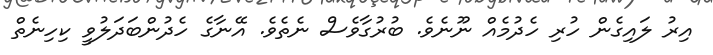
އިރު ލައިގެން ހުރި ހެދުމެއް ނޫނެވެ. ބުރުގާވެސް ނެތެވެ. އޭނާގެ ހެދުންބަދަލުވީ ކިހިނެތް